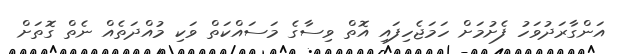
އަންގާރަދުވަހު ފެށުމަށް ހަމަޖެހިފައި އޮތް ވިސާގެ މަސައްކަތް ވަކި މުއްދަތެއް ނެތް ގޮތަށް